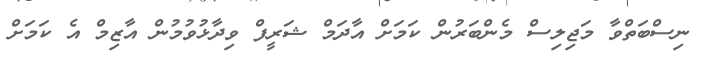
ނިސްބަތްވާ މަޖިލިސް މެންބަރުން ކަމަށް އާދަމް ޝަރީފް ވިދާޅުވުމުން އާޒިމް އެ ކަމަށް